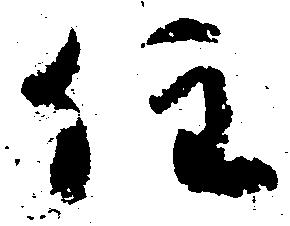
住